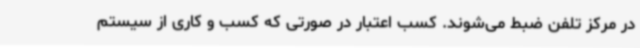
در مرکز تلفن ضبط می‌شوند. کسب اعتبار در صورتی که کسب و کاری از سیستم